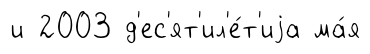
и 2003 д'ес'ят'ил'е́т'иjа ма́я